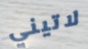
لاتيني